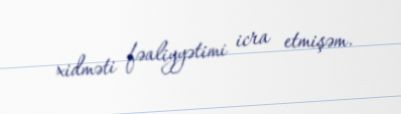
xidməti fəaliyyətimi icra etmişəm.